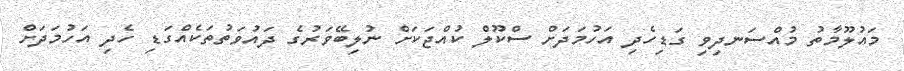
މައުލޫމާތު މުއްސަނދިވި ގަޑިހެދި އަހުމަދަށް ސްކޫލް ކުއްޖަކަށް ނުލިބޭވަރުގެ ދައުވަތުތަކެއްގަޑި ހެދި އަހުމަދަށް